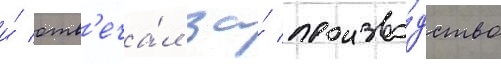
и́ отв'еча́л за́ произво́дство